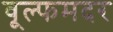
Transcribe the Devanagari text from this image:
वूल्‍फमदर